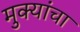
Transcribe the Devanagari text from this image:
मुक्यांचा